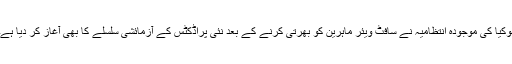
نوکیا کی موجودہ انتظامیہ نے سافٹ ویئر ماہرین کو بھرتی کرنے کے بعد نئی پراڈکٹس کے آزمائشی سلسلے کا بھی آغاز کر دیا ہے۔